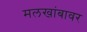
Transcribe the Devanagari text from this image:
मलखांबावर